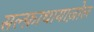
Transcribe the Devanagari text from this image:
सल्फ़ाथायाज़ोल